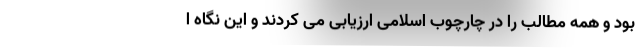
بود و همه مطالب را در چارچوب اسلامی ارزیابی می کردند و این نگاه ا